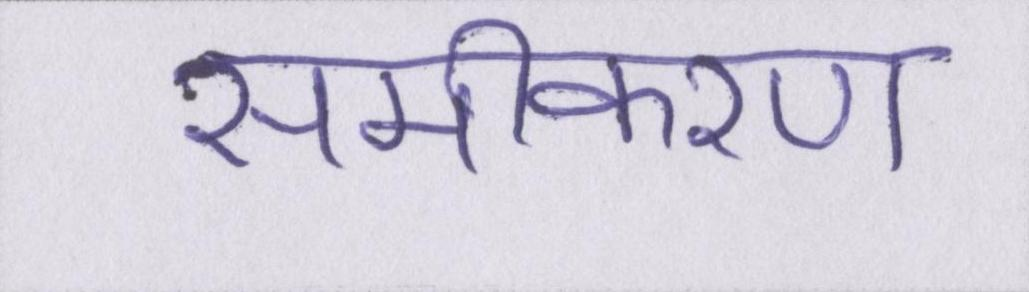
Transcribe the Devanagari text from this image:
समीकरण